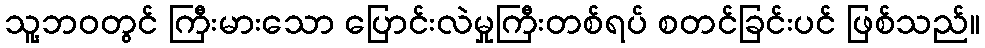
သူ့ဘဝတွင် ကြီးမားသော ပြောင်းလဲမှုကြီးတစ်ရပ် စတင်ခြင်းပင် ဖြစ်သည်။